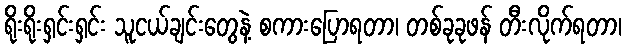
ရိုးရိုးရှင်းရှင်း သူငယ်ချင်းတွေနဲ့ စကားပြောရတာ၊ တစ်ခုခုဖန် တီးလိုက်ရတာ၊